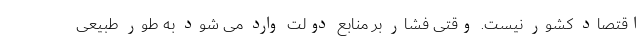
اقتصاد کشور نیست. وقتی فشار بر منابع دولت وارد می شود به طور طبیعی